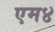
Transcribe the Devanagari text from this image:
एम४